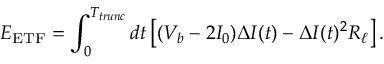
E _ { \mathrm { E T F } } = \int _ { 0 } ^ { T _ { t r u n c } } \mathop { d t } \left[ ( V _ { b } - 2 I _ { 0 } ) \Delta I ( t ) - \Delta I ( t ) ^ { 2 } R _ { \ell } \right] .